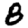
Digit: 8